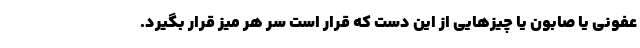
عفونی یا صابون یا چیزهایی از این دست که قرار است سر هر میز قرار بگیرد.